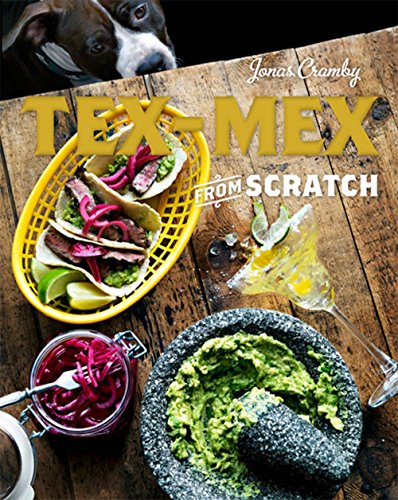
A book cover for Tex-Mex from Scratch; Jonas Cramby; Cookbooks, Food & Wine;